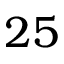
2 5